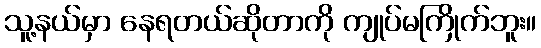
သူ့နယ်မှာ နေရတယ်ဆိုတာကို ကျုပ်မကြိုက်ဘူး။